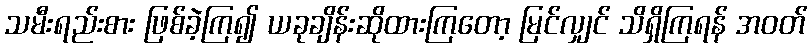
သမီးရည်းစား ဖြစ်ခဲ့ကြ၍ ယခုချိန်းဆိုထားကြတော့ မြင်လျှင် သိရှိကြရန် အဝတ်